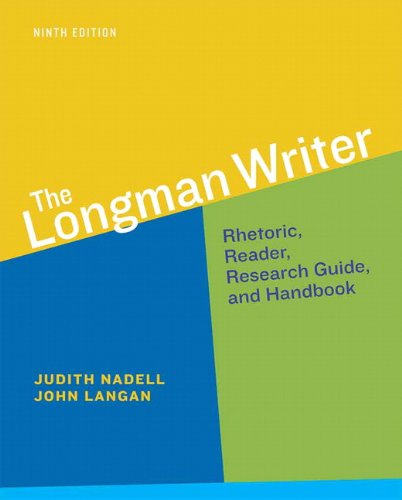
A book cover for The Longman Writer (9th Edition); Judith Nadell; Reference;